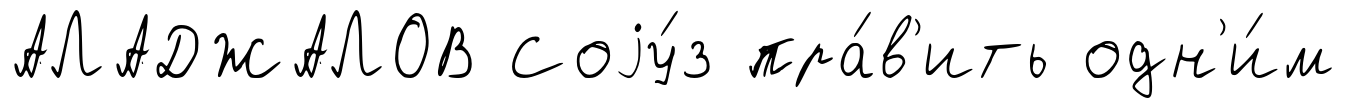
АЛАДЖАЛОВ Соjу́з пра́в'ить одн'и́м